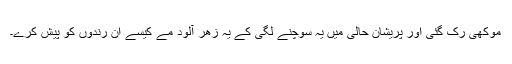
موکھی رک گئی اور پریشان حالی میں یہ سوچنے لگی کے یہ زھر آلود مے کیسے ان رندوں کو پیش کرے۔